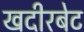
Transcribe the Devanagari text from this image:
खदीरबेट